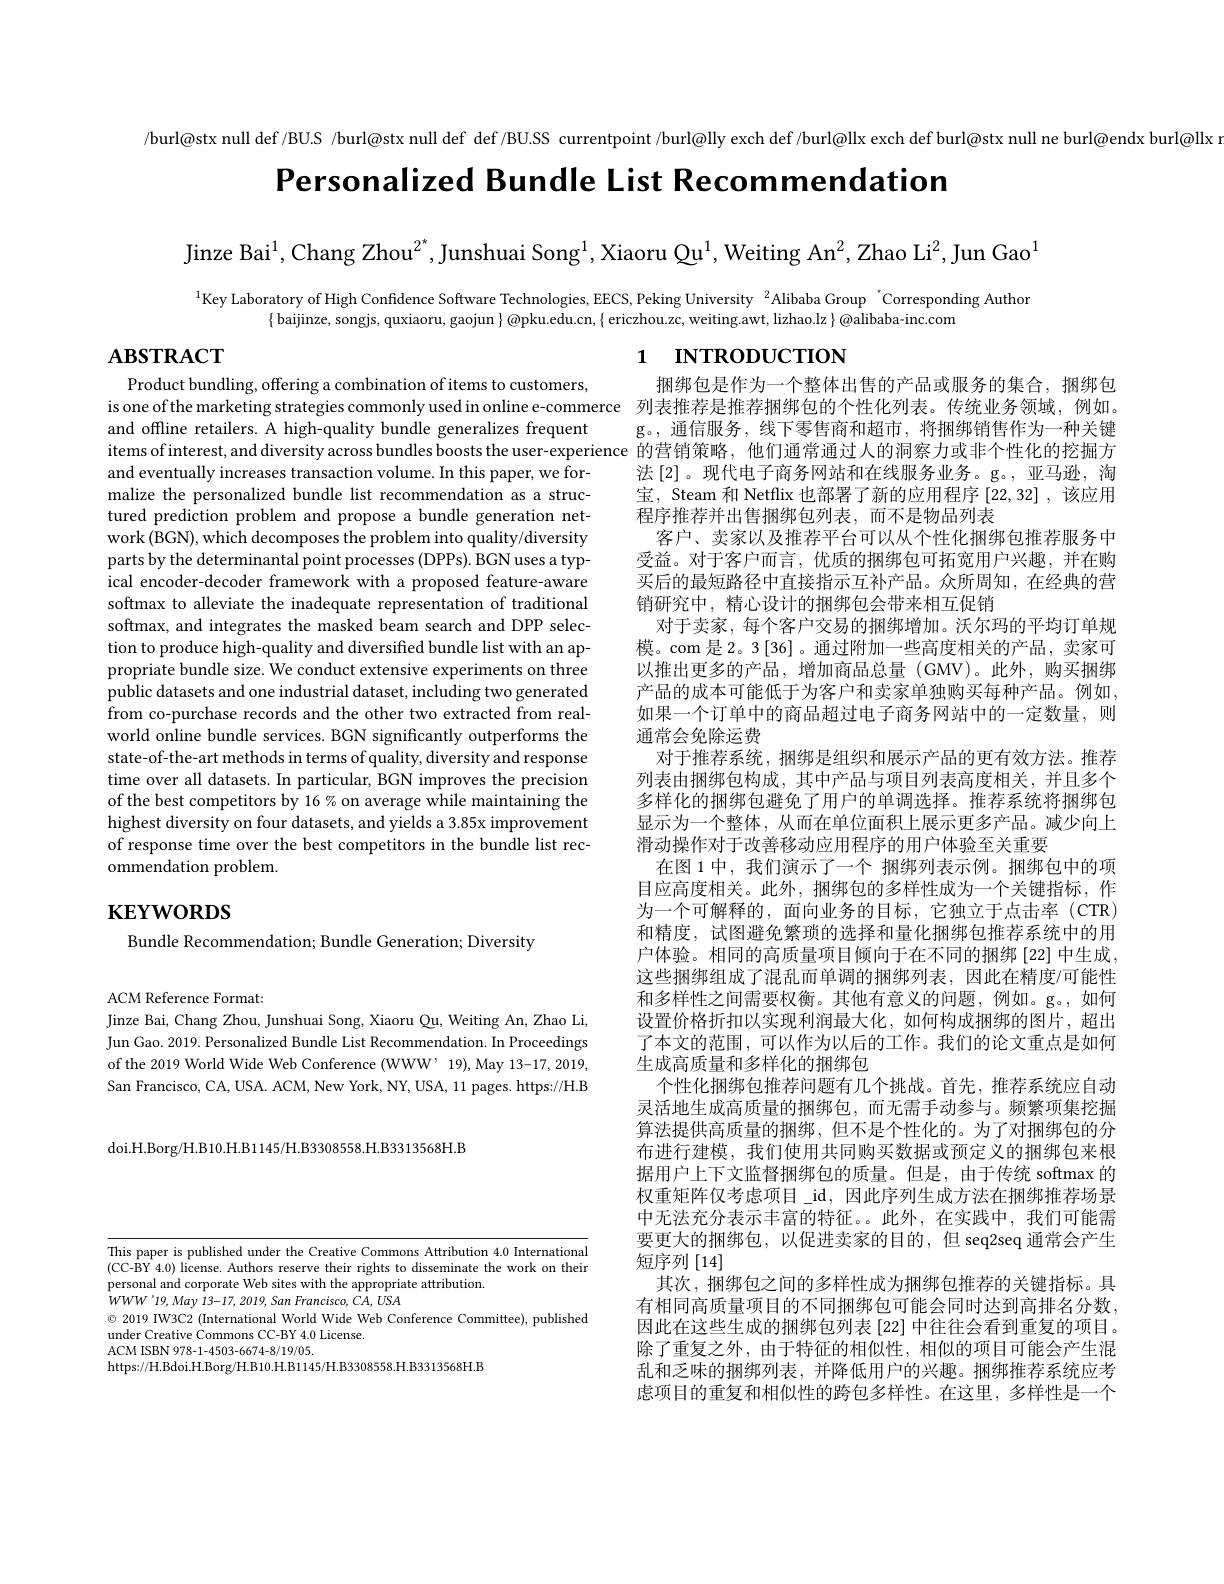
/burl@stx null def/BUS /burl@stx null def def/BU.SS currentpoint/burl@lly exch def/burl@llx exch def burl@stx null ne burl@endx burl@llx

Personalized Bundle List Recommendation

Jinze Bai$^1$, Chang Zhou$^2^*$, Junshuai Song$^1$, Xiaoru Qu$^1$, Weiting An$^2$, Zhao Li$^2$, Jun Gao$^1$

$^{1}$Key Laboratory of High Confidence Software Technologies, EECS, Peking University $^2$Alibaba Group 'Corresponding Author
$\{$ baijinze, songjs, quxiaoru, gaojun $\}@$pku.edu.cn, $\{$ ericzhou.zc, weiting.awt, lizhao.lz $\}@$alibaba-inc.com

# $\mathbf{ABSTRACT}$

# 1 INTRODUCTION

Product bundling, offering a combination of items to customers,
is one of the marketing strategies commonly used in online e-commerce 列表推荐是推荐捆绑包的个性化列表。传统业务领域，例如。
and offline retailers. A high-quality bundle generalizes frequent
items of interest, and diversity across bundles boosts the user-experience 的营销策略，他们通常通过人的洞察力或非个性化的挖掘方
and eventually increases transaction volume. In this paper, we formalize the personalized bundle list recommendation as a structured prediction problem and propose a bundle generation network (BGN), which decomposes the problem into quality/diversity parts by the determinantal point processes (DPPs). BGN uses a typical encoder-decoder framework with a proposed feature-aware softmax to alleviate the inadequate representation of traditional softmax, and integrates the masked beam search and DPP selection to produce high-quality and diversified bundle list with an appropriate bundle size. We conduct extensive experiments on three public datasets and one industrial dataset, including two generated from co-purchase records and the other two extracted from realworld online bundle services. BGN significantly outperforms the state-of-the-art methods in terms of quality, diversity and response time over all datasets. In particular, BGN improves the precision of the best competitors by 16% on average while maintaining the highest diversity on four datasets, and yields a 3.85x improvement of response time over the best competitors in the bundle list recommendation problem.

捆绑包是作为一个整体出售的产品或服务的集合，捆绑包g。,通信服务，线下零售商和超市，将捆绑销售作为一种关键法 [2]。现代电子商务网站和在线服务业务。g。,亚马逊，淘宝，Steam 和 Netflix 也部署了新的应用程序[22,32] ,该应用程序推荐并出售捆绑包列表，而不是物品列表
客户、卖家以及推荐平台可以从个性化捆绑包推荐服务中受益。对于客户而言，优质的捆绑包可拓宽用户兴趣，并在购买后的最短路径中直接指示互补产品。众所周知，在经典的营销研究中，精心设计的捆绑包会带来相互促销
对于卖家，每个客户交易的捆绑增加。沃尔玛的平均订单规模。com 是 2。3 [36]。通过附加一些高度相关的产品，卖家可以推出更多的产品，增加商品总量(GMV)。此外，购买捆绑产品的成本可能低于为客户和卖家单独购买每种产品。例如， 如果一个订单中的商品超过电子商务网站中的一定数量，则通常会免除运费
对于推荐系统，捆绑是组织和展示产品的更有效方法。推荐列表由捆绑包构成，其中产品与项目列表高度相关，并且多个多样化的捆绑包避免了用户的单调选择。推荐系统将捆绑包显示为一个整体，从而在单位面积上展示更多产品。减少向上滑动操作对于改善移动应用程序的用户体验至关重要
在图 1 中，我们演示了一个 捆绑列表示例。捆绑包中的项目应高度相关。此外，捆绑包的多样性成为一个关键指标，作为一个可解释的，面向业务的目标，它独立于点击率(CTR) 和精度，试图避免繁琐的选择和量化捆绑包推荐系统中的用户体验。相同的高质量项目倾向于在不同的捆绑[22]中生成这些捆绑组成了混乱而单调的捆绑列表，因此在精度/可能性和多样性之间需要权衡。其他有意义的问题，例如。g。,如何设置价格折扣以实现利润最大化，如何构成捆绑的图片，超出了本文的范围，可以作为以后的工作。我们的论文重点是如何生成高质量和多样化的捆绑包
个性化捆绑包推荐问题有几个挑战。首先，推荐系统应自动灵活地生成高质量的捆绑包，而无需手动参与。频繁项集挖掘算法提供高质量的捆绑，但不是个性化的。为了对捆绑包的分布进行建模，我们使用共同购买数据或预定义的捆绑包来根据用户上下文监督捆绑包的质量。但是，由于传统 softmax 的权重矩阵仅考虑项目\_id,因此序列生成方法在捆绑推荐场景中无法充分表示丰富的特征。。此外，在实践中，我们可能需要更大的捆绑包，以促进卖家的目的，但 seq2seq 通常会产生短序列[14]
其次，捆绑包之间的多样性成为捆绑包推荐的关键指标。具有相同高质量项目的不同捆绑包可能会同时达到高排名分数， 因此在这些生成的捆绑包列表[22] 中往往会看到重复的项目。除了重复之外，由于特征的相似性，相似的项目可能会产生混乱和乏味的捆绑列表，并降低用户的兴趣。捆绑推荐系统应考虑项目的重复和相似性的跨包多样性。在这里，多样性是一个

# $\mathbf{KEYWORDS}$

Bundle Recommendation; Bundle Generation; Diversity

ACM Reference Format:
Jinze Bai, Chang Zhou, Junshuai Song, Xiaoru Qu, Weiting An, Zhao Li, Jun Gao. 2019. Personalized Bundle List Recommendation. In Proceedings of the 2019 World Wide Web Conference (WWW' 19),May 13-17, 2019, San Francisco, CA, USA. ACM, New York, NY, USA, 11 pages. https://H.B

doi. H. Borg/ H. B10. H. B1145/ H. B3308558. H. B3313568H. B

This paper is published under the Creative Commons Attribution 4.0 International (CC-BY 4.0) license. Authors reserve their rights to disseminate the work on their personal and corporate Web sites with the appropriate attribution.
$WWW^{\prime}19,May13-17,2019,SanFrancisco,CA,USA$
$\textcircled{\circ}$ 2019 IW3C2 (International World Wide Web Conference Committee), published
under Creative Commons CC-BY 4.0 License.
ACM ISBN 978-1-4503-6674-8/19/05.
https://H.Bdoi.H.Borg/H.B10.H.B1145/H.B3308558.H.B3313568H.B